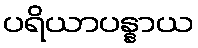
ပရိယာပန္နာယ